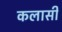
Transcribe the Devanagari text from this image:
कलासी